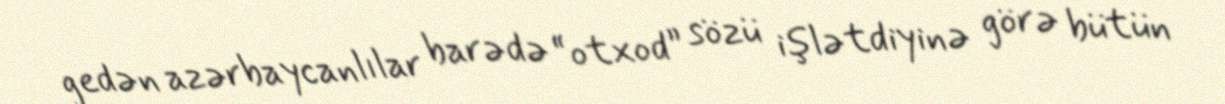
gedən azərbaycanlılar barədə “otxod” sözü işlətdiyinə görə bütün